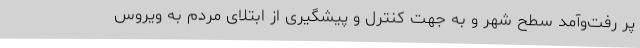
پر رفت‌وآمد سطح شهر و به جهت کنترل و پیشگیری از ابتلای مردم به ویروس